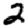
Digit: 2